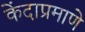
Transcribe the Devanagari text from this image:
केंदाप्रमाणे